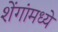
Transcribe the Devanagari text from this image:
शेंगांमध्ये